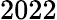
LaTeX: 2022